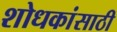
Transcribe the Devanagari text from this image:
शोधकांसाठी